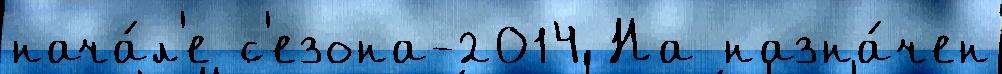
нача́л'е с'езона-2014 На назна́чен